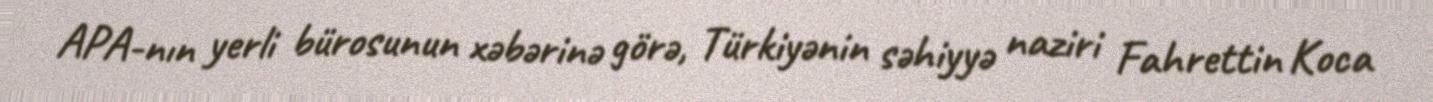
APA-nın yerli bürosunun xəbərinə görə, Türkiyənin səhiyyə naziri Fahrettin Koca